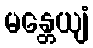
မန္တေယျံ